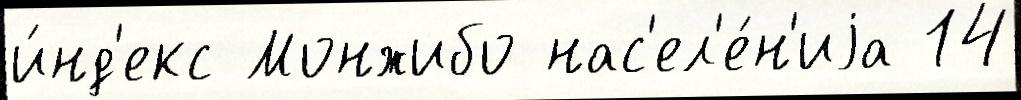
и́нд'екс Монжибо нас'ел'е́н'иjа 14